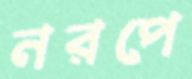
নরপে